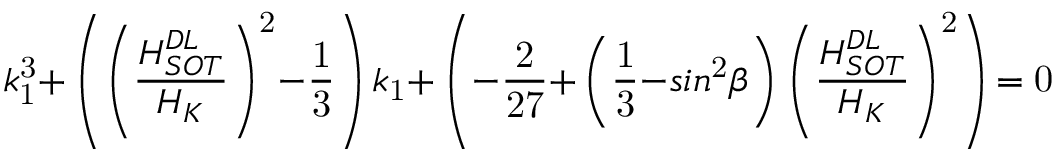
k _ { \mathrm { 1 } } ^ { \mathrm { 3 } } \mathrm { + } \left( { \left( \frac { H _ { S O T } ^ { D L } } { H _ { K } } \right) } ^ { \mathrm { 2 } } \mathrm { - } \frac { \mathrm { 1 } } { \mathrm { 3 } } \right) k _ { \mathrm { 1 } } \mathrm { + } \left( \mathrm { - } \frac { \mathrm { 2 } } { \mathrm { 2 7 } } \mathrm { + } \left( \frac { \mathrm { 1 } } { \mathrm { 3 } } \mathrm { - } s i n ^ { \mathrm { 2 } } \beta \right) { \left( \frac { H _ { S O T } ^ { D L } } { H _ { K } } \right) } ^ { \mathrm { 2 } } \right) \mathrm { = 0 }